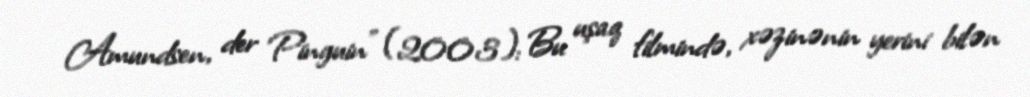
Amundsen, der Pinguin" (2003): Bu uşaq filmində, xəzinənin yerini bilən